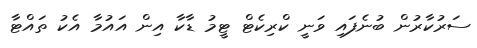
ސަރުކާރުން ބުނެފައި ވަނީ ކްރިކެޓް ޓީމު ޑާކާ އިން އައުމާ އެކު ތައްޓާ